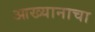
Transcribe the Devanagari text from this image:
आख्यानाचा